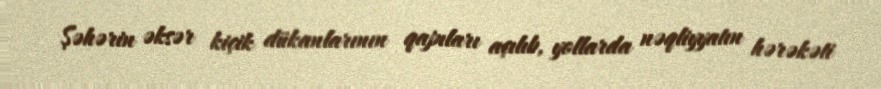
Şəhərin əksər kiçik dükanlarının qapıları açılıb, yollarda nəqliyyatın hərəkəti